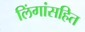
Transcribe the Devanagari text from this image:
लिंगांसहित